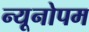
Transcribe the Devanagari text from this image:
न्यूनोपम